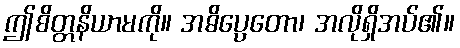
ဤစိတ္တနိယာမကို။ အဓိပ္ပေတော၊ အလိုရှိအပ်၏။